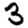
Digit: 3